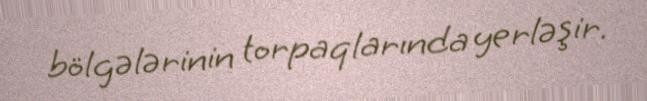
bölgələrinin torpaqlarında yerləşir.